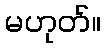
မဟုတ်။